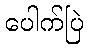
ပေါက်ပြဲ